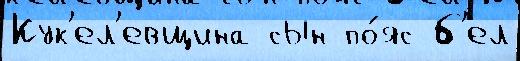
Кук'ел'евщина сын по́яс б'ел